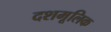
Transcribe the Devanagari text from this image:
दशमूलिक